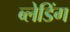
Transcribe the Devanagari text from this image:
ब्लेडिंग